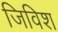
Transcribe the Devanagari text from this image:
जिविश